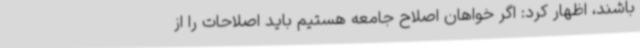
باشند، اظهار کرد: اگر خواهان اصلاح جامعه هستیم باید اصلاحات را از